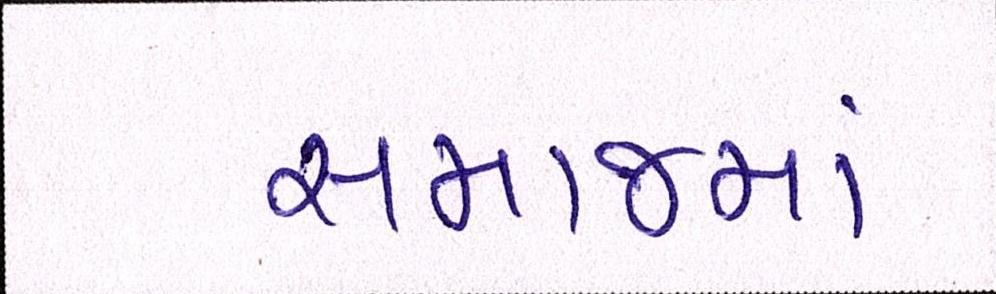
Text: સમાજમાં